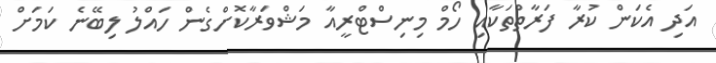
އަދި އެކަން ކުރާ ފަރާތްތަކާއި ހޯމް މިނިސްޓްރީއާ މަޝްވަރާކޮށްގެން ހައްލު ލިބޭނެ ކަމަށް